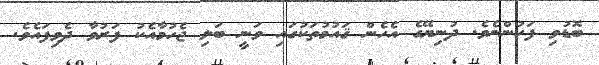
ބޮޑުވި ފަހުންނެވެ. ދުނިޔޭގެ އެހެން ޤައުމުތަކުގައި ވަނީ ބަލި ޖެހުމާއެކު ފަރުވާ ދެވިފައެވެ.